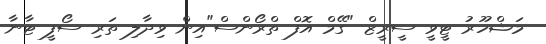
މަޝްހޫރު ޓީވީ ސީރީޒް "ގޭމް އޮފް ތްރޯންސް"އިން ވިދާލި ތަރި ސޯފީ ޓާނާ